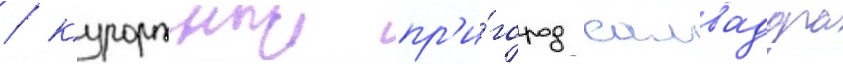
/ курортныи пр'и́город салвадора